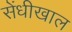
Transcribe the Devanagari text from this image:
सेंधीखाल